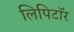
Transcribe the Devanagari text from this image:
लिपिटॉर